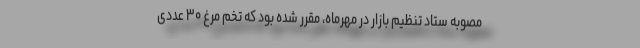
مصوبه ستاد تنظیم بازار در مهرماه، مقرر شده بود که تخم مرغ ۳۰ عددی